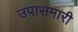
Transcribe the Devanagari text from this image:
उपासमारी